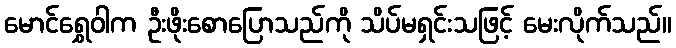
မောင်ရွှေဝါက ဦးဖိုးစောပြောသည်ကို သိပ်မရှင်းသဖြင့် မေးလိုက်သည်။